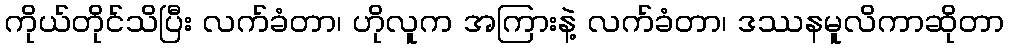
ကိုယ်တိုင်သိပြီး လက်ခံတာ၊ ဟိုလူက အကြားနဲ့ လက်ခံတာ၊ ဒဿနမူလိကာဆိုတာ